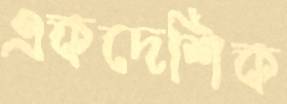
একদেশিক